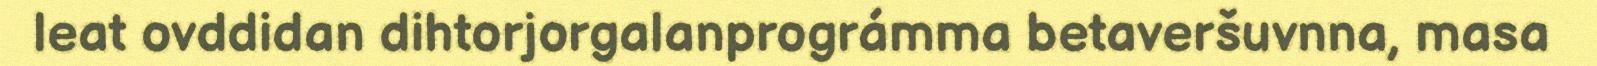
leat ovddidan dihtorjorgalanprográmma betaveršuvnna, masa